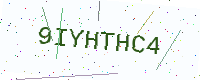
Text: 9IYHTHC4